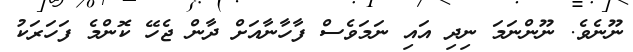
ނޫނެވެ. ނޫންނަމަ ނިދި އައި ނަމަވެސް ފާހާނާއަށް ދާން ޖެހޭ ކޮންމެ ފަހަރަކު